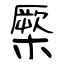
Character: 橜